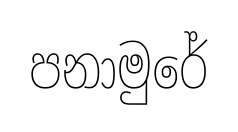
පනාමුරේ